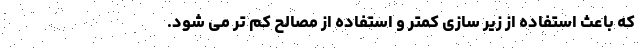
که باعث استفاده از زیر سازی کمتر و استفاده از مصالح کم تر می شود.